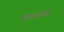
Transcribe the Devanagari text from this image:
मारर्कंडेय